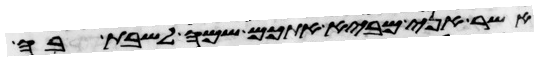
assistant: אשר אני מביא אתכם שמה לשבת בה